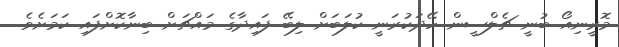
މޮރީނިއޯ ބުނީ ޗެލްސީން ހޭދަކުރަނީ ކުލަބަށް ލިބޭ ފައިދާގެ މައްޗަށް ބިނާކޮށްފައި ކަމަށެވެ.